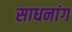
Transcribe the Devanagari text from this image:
साधनांग